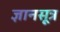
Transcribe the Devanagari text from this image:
ज्ञानसूत्र